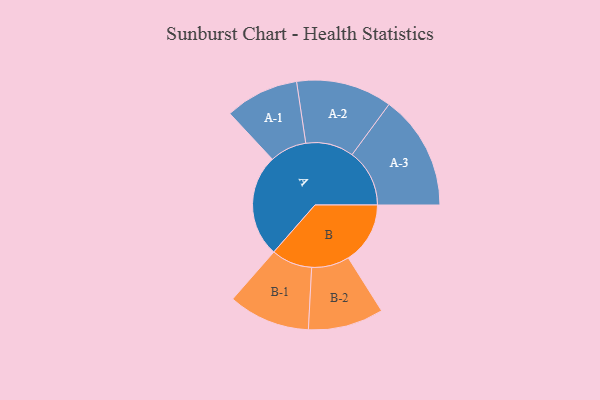
{"axis": {"x": "Segment", "y": "Value"}, "legend": ["", "A", "B"], "data": [{"x": "A", "y": 489, "type": ""}, {"x": "B", "y": 295, "type": ""}, {"x": "A-1", "y": 176, "type": "A"}, {"x": "A-2", "y": 229, "type": "A"}, {"x": "A-3", "y": 274, "type": "A"}, {"x": "B-1", "y": 195, "type": "B"}, {"x": "B-2", "y": 180, "type": "B"}]}